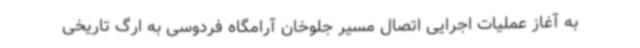
به آغاز عملیات اجرایی اتصال مسیر جلوخان آرامگاه فردوسی به ارگ تاریخی